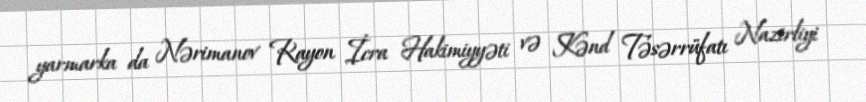
yarmarka da Nərimanov Rayon İcra Hakimiyyəti və Kənd Təsərrüfatı Nazirliyi